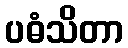
ပဓံသိတာ